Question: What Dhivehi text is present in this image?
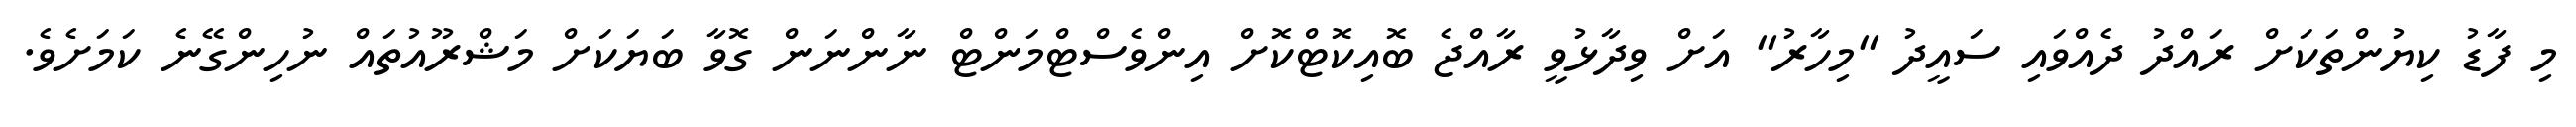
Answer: މި ފާޑު ކިޔުންތަކަށް ރައްދު ދެއްވައި ސައީދު "މިހާރު" އަށް ވިދާޅުވީ ރާއްޖެ ބޮއިކޮޓްކޮށް އިންވެސްޓްމަންޓް ނާންނަން ގޮވާ ބަޔަކަށް މަޝްރޫއުތައް ނުހިންގޭނެ ކަމަށެވެ.